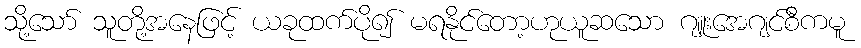
သို့သော် သူတို့အနေဖြင့် ယခုထက်ပို၍ မရနိုင်တော့ဟုယူဆသော ဂျူးအေဂျင်စီကမူ